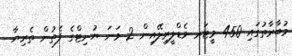
މުބާރާތުގައި 450 މީޓަރ މެޑްލީރިލޭއިން 2 ވަނަ ޔުނިޓްގެ ފެތުން ތެރިޔާ